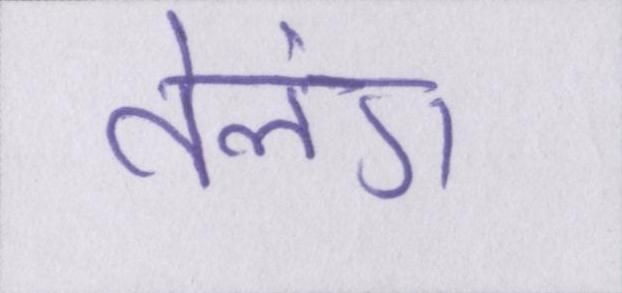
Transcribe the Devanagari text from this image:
तेलंग